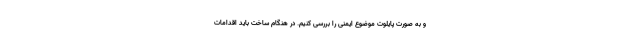
و به صورت پایلوت موضوع ایمنی را بررسی کنیم. در هنگام ساخت باید اقدامات